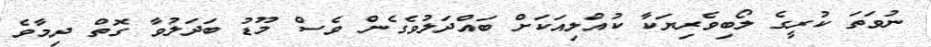
ނުވަތަ ކުރީގެ ލޯބިވެރިޔަކާ ކުއްލިއަކަށް ބައްދަލުވެގެން ވެސް މޫޑު ބަދަލުވާ ގޮތް ދިމާވެ